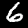
Label: 6